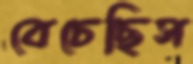
বেচেছিস